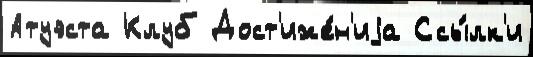
Атуэста Клуб Дост'иже́н'иjа Ссы́лк'и